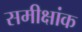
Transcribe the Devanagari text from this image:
समीक्षांक